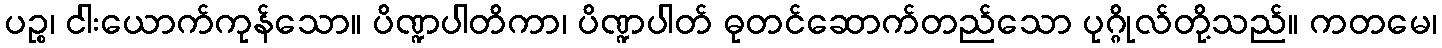
ပဉ္စ၊ ငါးယောက်ကုန်သော။ ပိဏ္ဍပါတိကာ၊ ပိဏ္ဍပါတ် ဓုတင်ဆောက်တည်သော ပုဂ္ဂိုလ်တို့သည်။ ကတမေ၊